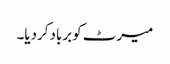
میرٹ کوبربادکردیا۔